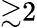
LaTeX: {\gtrsim}2